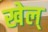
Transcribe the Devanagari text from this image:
खेल्